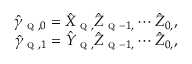
\begin{array} { r } { \hat { \gamma } _ { \textsc { q } , 0 } = \hat { X } _ { \textsc { q } , } \hat { Z } _ { \textsc { q } - 1 , } \cdots \hat { Z } _ { 0 , } , } \\ { \hat { \gamma } _ { \textsc { q } , 1 } = \hat { Y } _ { \textsc { q } , } \hat { Z } _ { \textsc { q } - 1 , } \cdots \hat { Z } _ { 0 , } , } \end{array}